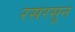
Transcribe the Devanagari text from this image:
रसरसून